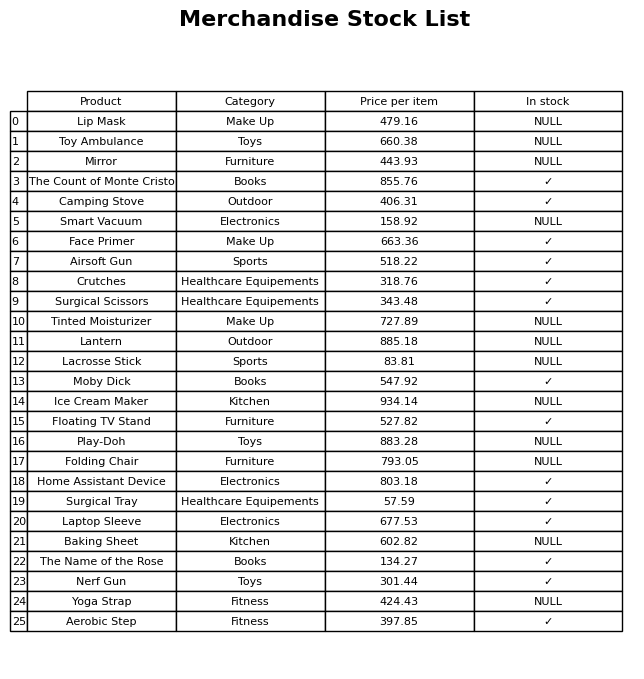
question: What is the price of the Surgical Tray?
answer: The price of Surgical Tray is 57.59.